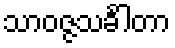
သာဝဇ္ဇသင်္ခါတာ